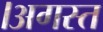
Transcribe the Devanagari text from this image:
।अगस्त